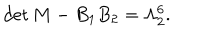
\mathrm { d e t } \, M - B _ { 1 } B _ { 2 } = \Lambda _ { 2 } ^ { 6 } . \nonumber